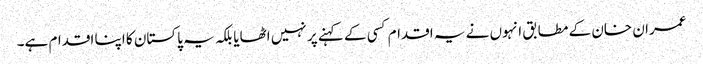
عمران خان کے مطابق انہوں نے یہ اقدام کسی کے کہنے پر نہیں اٹھایا بلکہ یہ پاکستان کا اپنا اقدام ہے۔